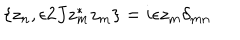
\{ z _ { n } , \epsilon 2 J z _ { m } ^ { \ast } z _ { m } \} = i \epsilon z _ { m } \delta _ { m n }